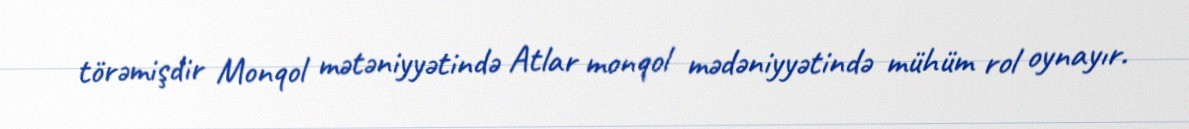
törəmişdir Monqol mətəniyyətində Atlar monqol mədəniyyətində mühüm rol oynayır.